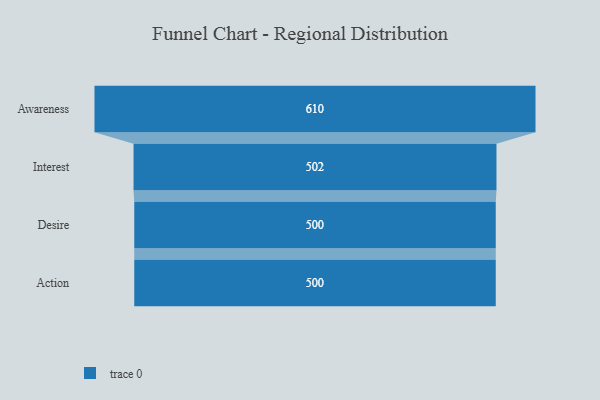
{"axis": {"x": "Stage", "y": "Value"}, "legend": [""], "data": [{"x": "Awareness", "y": 610.0, "type": ""}, {"x": "Interest", "y": 502.0, "type": ""}, {"x": "Desire", "y": 500, "type": ""}, {"x": "Action", "y": 500, "type": ""}]}